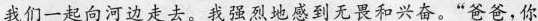
我们一起向河边走去。我强烈地感到无畏和兴奋。“爸爸,你